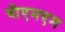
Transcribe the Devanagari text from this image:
बीएमएम